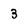
Character: 3